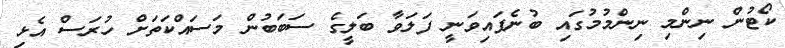
ކޯޓުން ނިންމި ނިންމުމުގައި ބުނެފައިވަނީ ފަލަވާ ބަލީގެ ސަބަބުން މަސައްކަތަށް ހުރަސް އެޅި